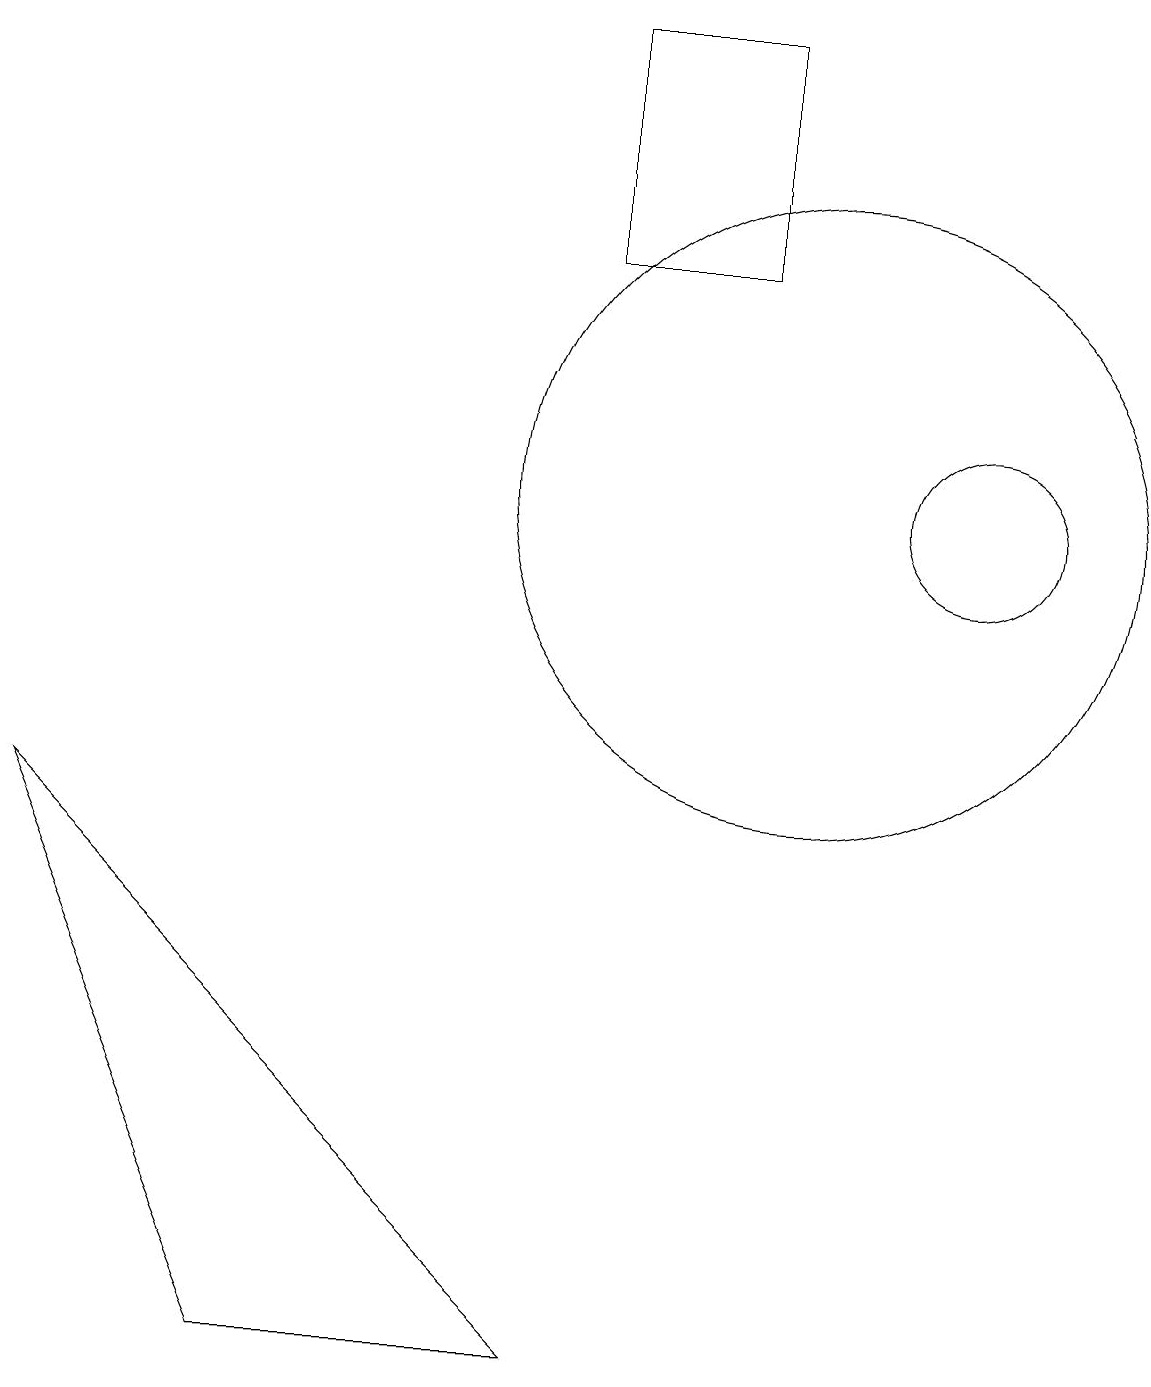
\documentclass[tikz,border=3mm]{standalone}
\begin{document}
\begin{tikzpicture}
\draw (0,7) -- (3,0) -- (7,0) -- cycle;
\draw (10,11) circle (4);
\draw (12,11) circle (1);
\draw (9,17) rectangle (7,14);
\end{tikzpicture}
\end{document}